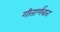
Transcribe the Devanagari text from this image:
गीतार्णवात